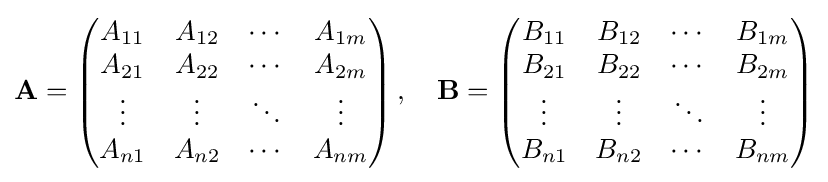
\mathbf {A} ={\begin{pmatrix}A_{11}&A_{12}&\cdots &A_{1m}\\A_{21}&A_{22}&\cdots &A_{2m}\\\vdots &\vdots &\ddots &\vdots \\A_{n1}&A_{n2}&\cdots &A_{nm}\\\end{pmatrix}}\,,\quad \mathbf {B} ={\begin{pmatrix}B_{11}&B_{12}&\cdots &B_{1m}\\B_{21}&B_{22}&\cdots &B_{2m}\\\vdots &\vdots &\ddots &\vdots \\B_{n1}&B_{n2}&\cdots &B_{nm}\\\end{pmatrix}}